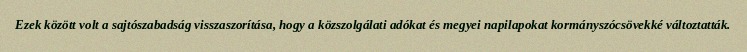
Ezek között volt a sajtószabadság visszaszorítása, hogy a közszolgálati adókat és megyei napilapokat kormányszócsövekké változtatták.